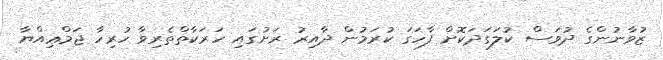
ޒުވާނުންގެ ދުވަސް ކުލަގަދަކޮށް ފާހަގަ ކުރަމުން ދާއިރު ރަށުގައި ހަރަކާތްތެރިވާ ހުރިހާ ޖަމްޢިއްޔާ